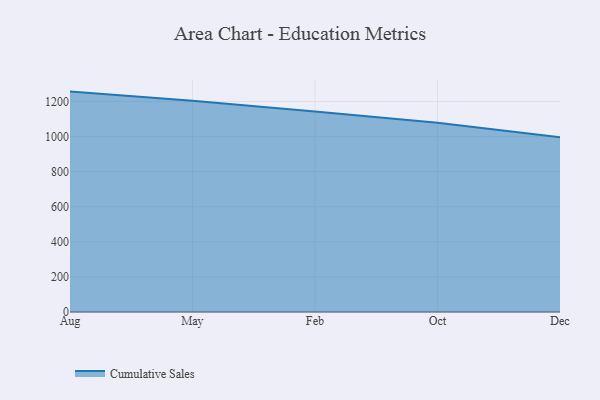
{"axis": {"x": "Month", "y": "Temperature (°C)"}, "legend": ["Cumulative Sales"], "data": [{"x": "Aug", "y": 1256.1, "type": "Cumulative Sales"}, {"x": "May", "y": 1203.8, "type": "Cumulative Sales"}, {"x": "Feb", "y": 1142.6, "type": "Cumulative Sales"}, {"x": "Oct", "y": 1078.1, "type": "Cumulative Sales"}, {"x": "Dec", "y": 996.2, "type": "Cumulative Sales"}]}